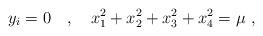
LaTeX: \begin{align*}y_i=0 \quad , \quad x_1^2+ x_2^2+ x_3^2+ x_4^2= \mu~,\end{align*}